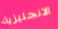
الانجليزية